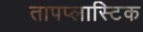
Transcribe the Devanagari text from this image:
तापप्लास्टिक